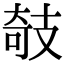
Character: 攲